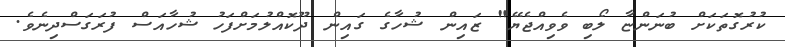
ކުރުގޮތަކަށް ބުނަންޏާ ލޯބި ވެވިއްޖެޔޭ" ޒައިން ޝުހާގެ ގައިން ދޫކޮއްލުމަށްފަހު ޝުހާއަސް ފުރަގަސްދިނެވެ.